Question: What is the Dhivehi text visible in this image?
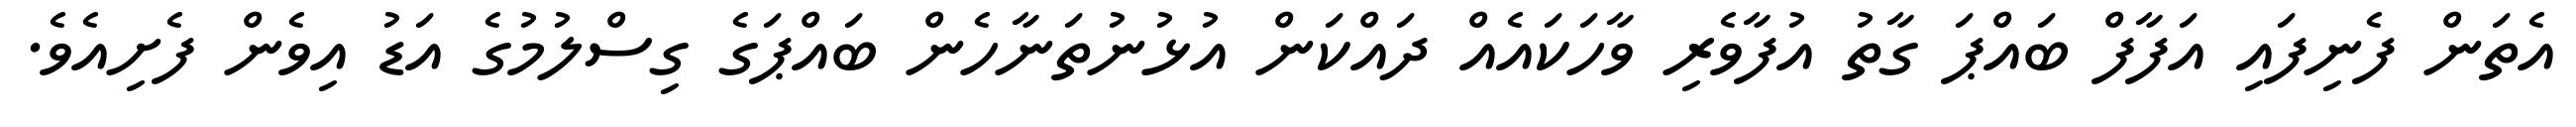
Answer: އެތަން ފެނިފައި އަފާފް ބައްޕަ ގާތު އުފާވެރި ވާހަކައެއް ދައްކަން އުޅުނުތަނާހެން ބައްޕަގެ ގިސްލުމުގެ އަޑު އިވެން ފެށިއެވެ.